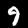
Digit: 9